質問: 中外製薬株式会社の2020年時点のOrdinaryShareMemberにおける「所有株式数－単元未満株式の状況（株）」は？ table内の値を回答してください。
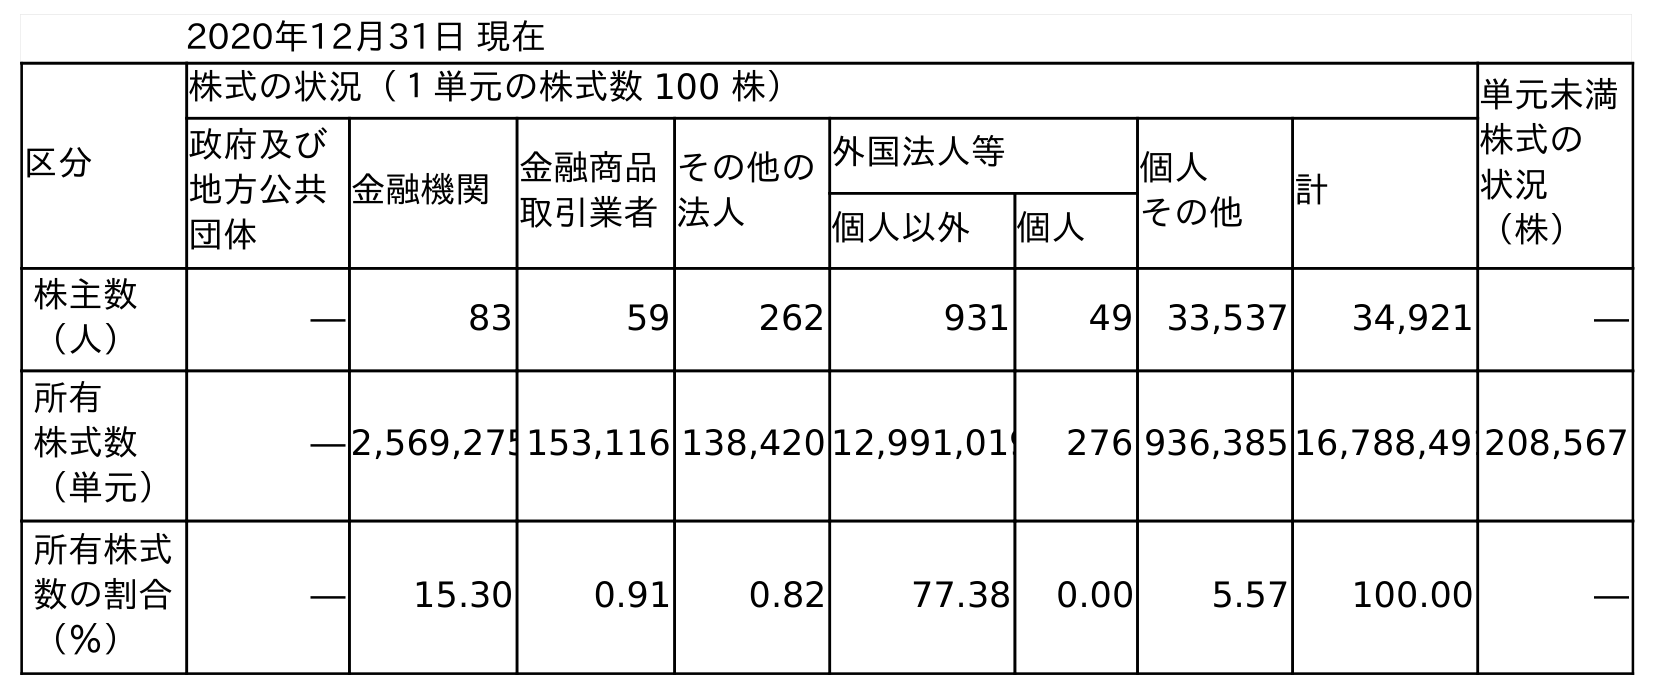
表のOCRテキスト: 2020年12月31日 現在 区分 株式の状況（１単元の株式数 100 株） 単元未満 株式の 状況 （株） 政府及び 地方公共 団体 金融機関金融商品 取引業者 その他の 法人 外国法人等 個人 その他 計 個人以外 個人 株主数 （人） ― 83 59 262 931 49 33,537 34,921 ― 所有 株式数 （単元） ― 2,569,275153,116 138,420 12,991,019 276 936,385 16,788,491208,567 所有株式 数の割合 （％） ― 15.30 0.91 0.82 77.38 0.00 5.57 100.00 ―
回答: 208,567